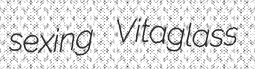
sexing Vitaglass